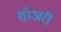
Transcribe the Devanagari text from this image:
शोअरी